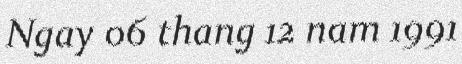
Ngay 06 thang 12 nam 1991